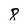
Character: 8